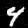
Digit: 4